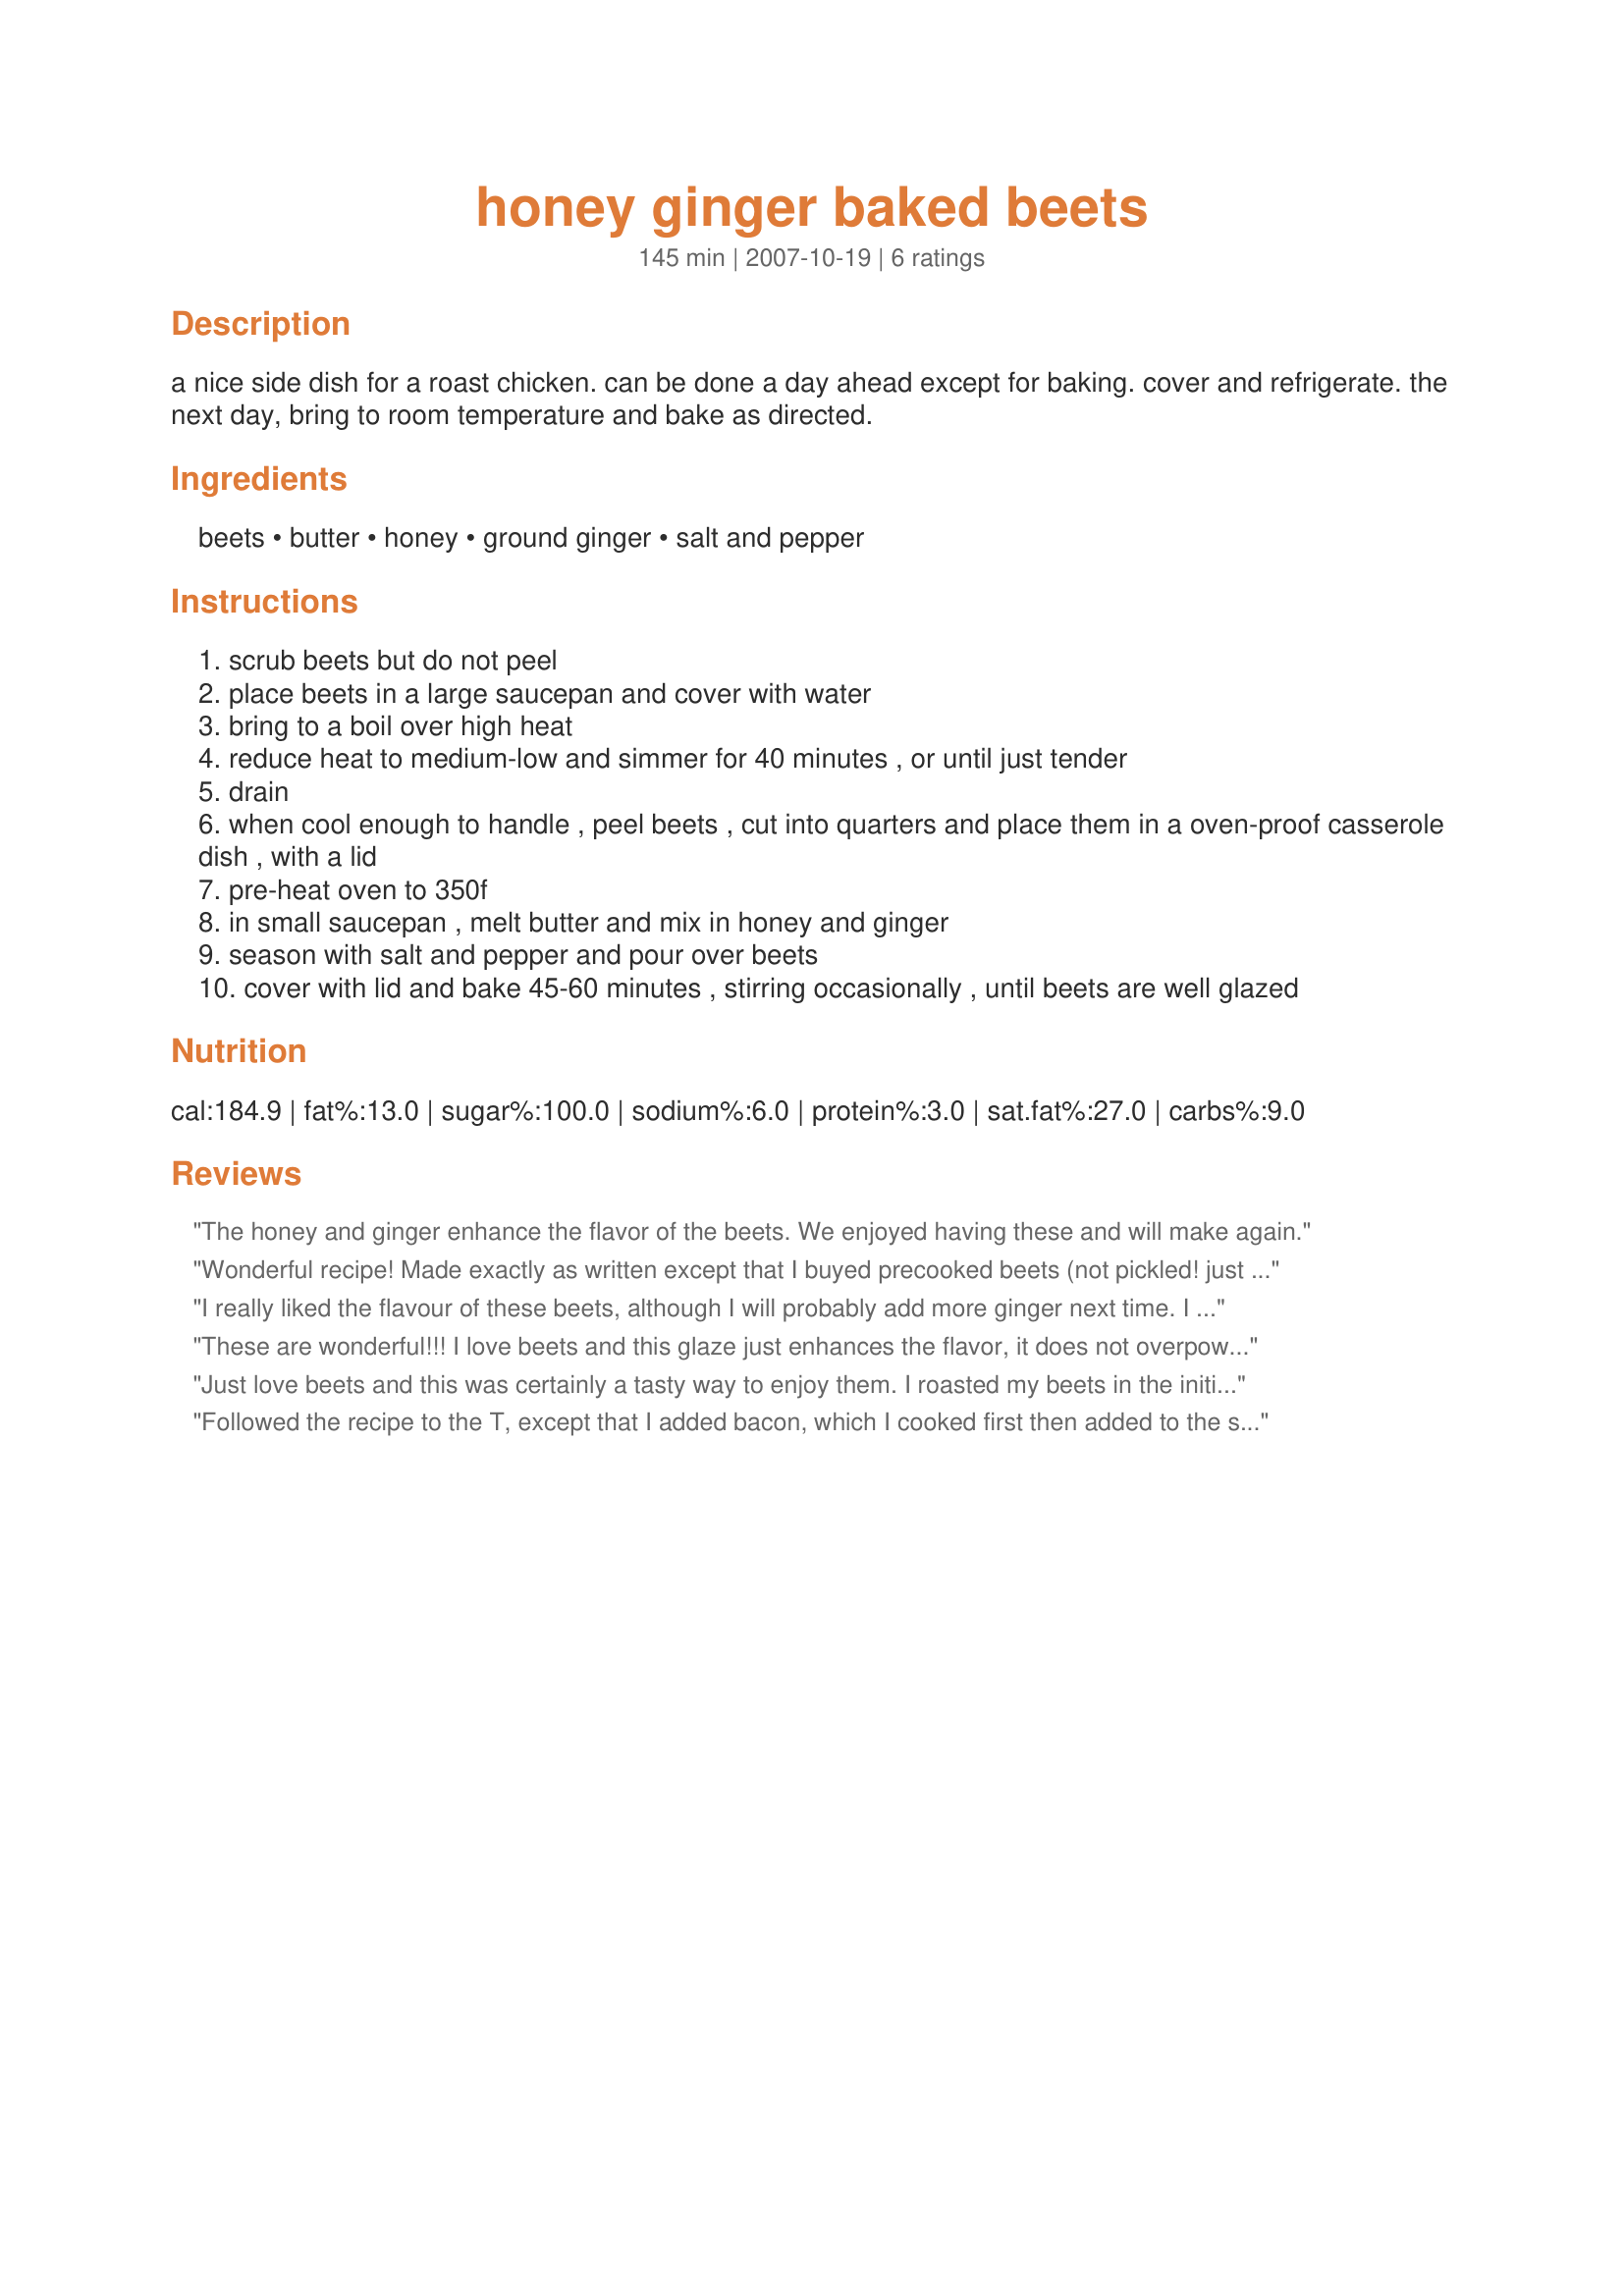
honey ginger baked beets
Preparation time: 145 minutes

a nice side dish for a roast chicken. can be done a day ahead except for baking. cover and refrigerate. the next day, bring to room temperature and bake as directed.

Ingredients:
beets, butter, honey, ground ginger, salt and pepper

Steps:
scrub beets but do not peel
place beets in a large saucepan and cover with water
bring to a boil over high heat
reduce heat to medium-low and simmer for 40 minutes , or until just tender
drain
when cool enough to handle , peel beets , cut into quarters and place them in a oven-proof casserole dish , with a lid
pre-heat oven to 350f
in small saucepan , melt butter and mix in honey and ginger
season with salt and pepper and pour over beets
cover with lid and bake 45-60 minutes , stirring occasionally , until beets are well glazed

Reviews:
The honey and ginger enhance the flavor of the beets. We enjoyed having these and will make again.
Wonderful recipe! Made exactly as written except that I buyed precooked beets (not pickled! just boiled) because I didn't find fresh ones. Thanks for posting this keeper!<br/>Made for A Rainbow of Colours of the Diabetes Forum.
I really liked the flavour of these beets, although I will probably add more ginger next time. I baked the beets instead of boiling them and then baked them further with the glaze. Very sweet and tasty, thank you :)
These are wonderful!!! I love beets and this glaze just enhances the flavor, it does not overpower the beet. I had a lot of fun peeling the beets, the skin just slides right off after they've boiled. I did use food prep gloves to keep my hands from turning red. This is a great recipe, thanks so much!!!
Just love beets and this was certainly a tasty way to enjoy them. I roasted my beets in the initial cooks a personal preference to hold more of the flavor and nutrients than proceeded to make them as stated. The honey glaze was really good, though I might add a little more ginger (or perhaps fresh) next time. Will definitely put these on my holiday table. Thanks mikekey!
Followed the recipe to the T, except that I added bacon, which I cooked first then added to the sauce before baking, and added pecans right when I took it out of the oven. Although it turned out wonderful, in hind sight I would have added the bacon at the same time as the pecans, right after baking.
